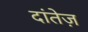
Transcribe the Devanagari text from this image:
दांतेज़